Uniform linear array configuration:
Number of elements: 16
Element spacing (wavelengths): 0.5
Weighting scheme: hann
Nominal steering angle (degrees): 0
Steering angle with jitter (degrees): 0.863
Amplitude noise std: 0.05
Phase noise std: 0.05

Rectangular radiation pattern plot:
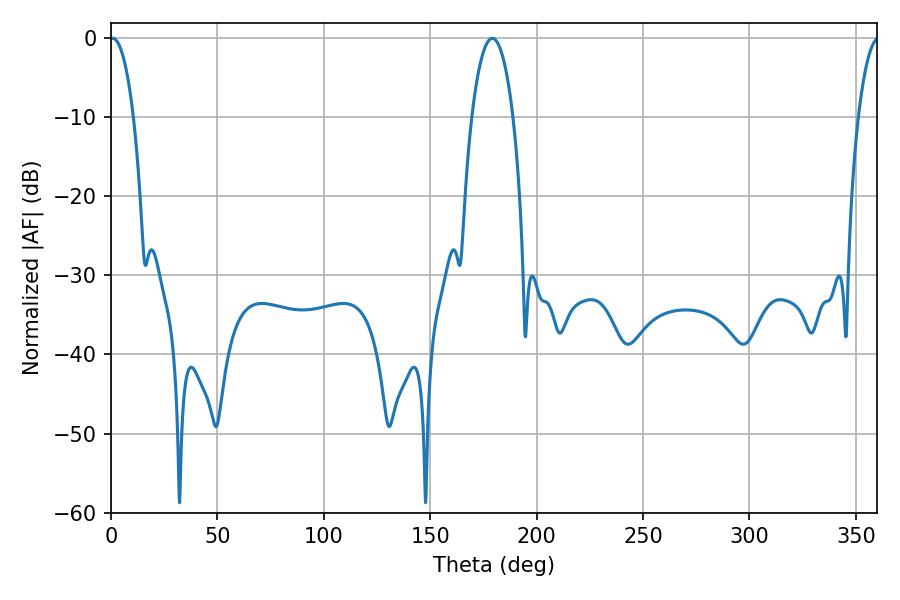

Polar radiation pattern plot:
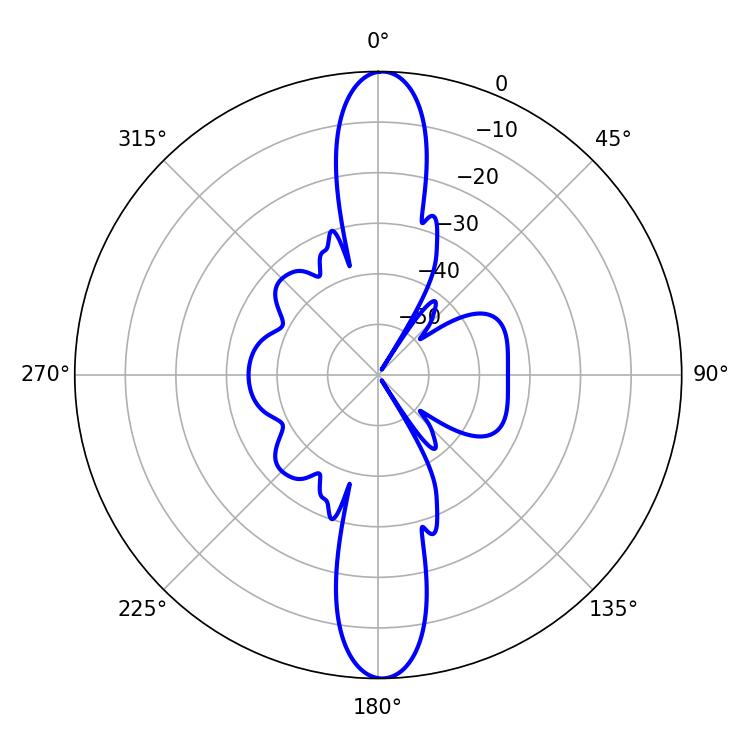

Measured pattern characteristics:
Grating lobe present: FALSE
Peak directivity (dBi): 25.408
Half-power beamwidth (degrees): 6.3
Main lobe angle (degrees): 0.9